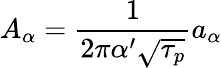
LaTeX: A_{\alpha}=\frac{1}{2\pi\alpha^{\prime}\sqrt{\tau_{p}}}a_{\alpha}